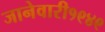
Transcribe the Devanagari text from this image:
जानेवारी१९४९